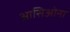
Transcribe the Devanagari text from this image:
आसिओना